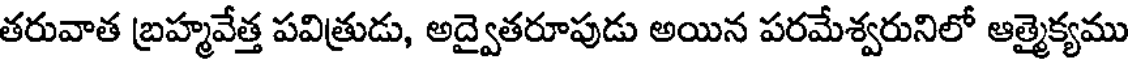
తరువాత బ్రహ్మవేత్త పవిత్రుడు, అద్వైతరూపుడు అయిన పరమేశ్వరునిలో ఆత్మైక్యము